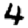
Digit: 4